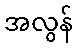
အလွန်